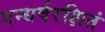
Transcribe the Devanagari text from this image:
गन्धर्वरक्षितं